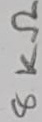
Text: 8KΩ